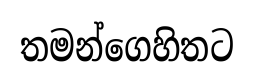
තමන්ගෙහිතට